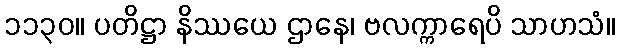
၁၁၃၀။ ပတိဋ္ဌာ နိဿယေ ဌာနေ၊ ဗလက္ကာရေပိ သာဟသံ။